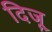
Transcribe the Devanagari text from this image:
दिजू